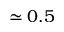
\simeq 0 . 5